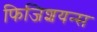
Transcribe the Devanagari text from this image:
फिजिशयन्स